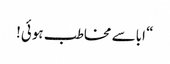
“ اباسے مخاطب ہوئی!